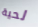
لحية